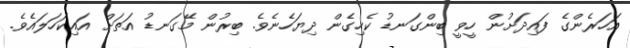
އަހަރެންގެ ފައިދަށުން ހީވީ ބިންގަނޑު ކެހިގެން ދިޔަހެނެވެ. ބިރުން މޭގަނޑު އަތަށް އައިކަހަލައެވެ.